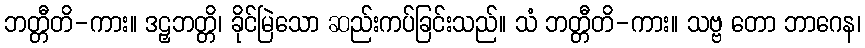
ဘတ္တီတိ-ကား။ ဒဠှဘတ္တိ၊ ခိုင်မြဲသော ဆည်းကပ်ခြင်းသည်။ သံ ဘတ္တီတိ-ကား။ သဗ္ဗ တော ဘာဂေန၊